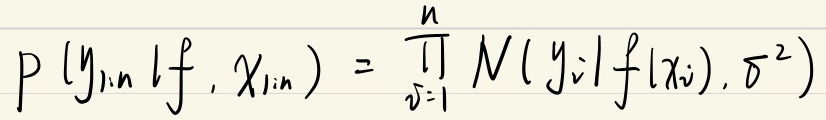
\[ P(y_{1:n} | f, x_{1:n}) = \prod_{i=1}^{n} \mathcal{N}(y_i | f(x_i), \sigma^2) \]